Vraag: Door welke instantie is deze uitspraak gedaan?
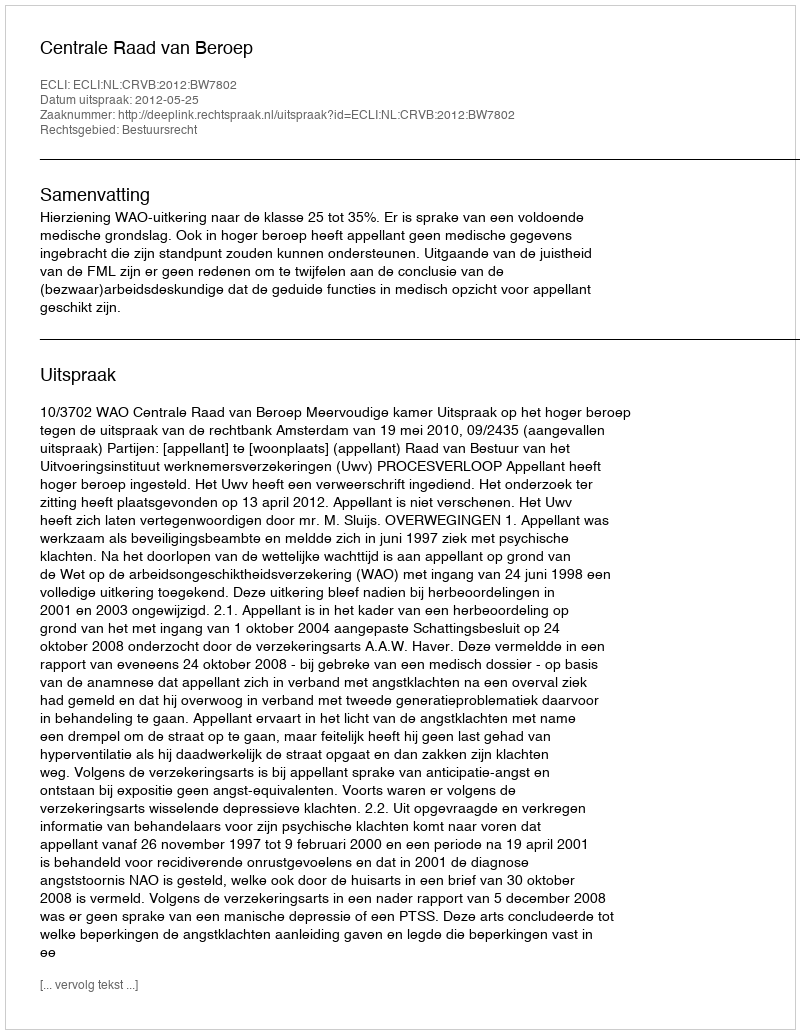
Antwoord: Centrale Raad van Beroep